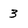
Character: 3